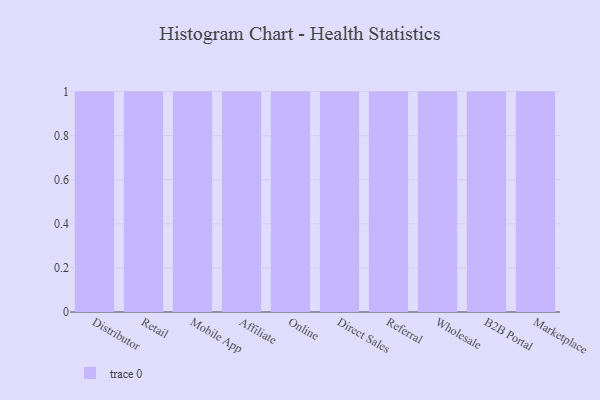
{"axis": {"x": "Channel", "y": "Satisfaction Score"}, "legend": [""], "data": [{"x": "Distributor", "y": 58, "type": ""}, {"x": "Retail", "y": 68, "type": ""}, {"x": "Mobile App", "y": 58, "type": ""}, {"x": "Affiliate", "y": 75, "type": ""}, {"x": "Online", "y": 89, "type": ""}, {"x": "Direct Sales", "y": 83, "type": ""}, {"x": "Referral", "y": 24, "type": ""}, {"x": "Wholesale", "y": 53, "type": ""}, {"x": "B2B Portal", "y": 95, "type": ""}, {"x": "Marketplace", "y": 11, "type": ""}]}